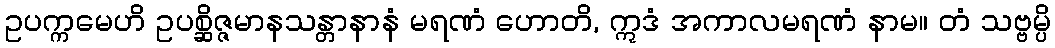
ဥပက္ကမေဟိ ဥပစ္ဆိဇ္ဇမာနသန္တာနာနံ မရဏံ ဟောတိ, ဣဒံ အကာလမရဏံ နာမ။ တံ သဗ္ဗမ္ပိ